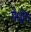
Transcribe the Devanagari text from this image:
गैधोंग